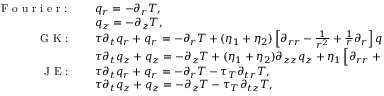
\begin{array} { r l } { \textrm { F o u r i e r : } \quad } & { { } q _ { r } = - \partial _ { r } T , } \\ { \quad } & { { } q _ { z } = - \partial _ { z } T , } \\ { \textrm { G K : } \quad } & { { } \tau \partial _ { t } q _ { r } + q _ { r } = - \partial _ { r } T + ( \eta _ { 1 } + \eta _ { 2 } ) \left[ \partial _ { r r } - \frac { 1 } { r ^ { 2 } } + \frac { 1 } { r } \partial _ { r } \right] q _ { r } + \eta _ { 1 } \partial _ { z z } q _ { r } + \eta _ { 2 } \partial _ { r z } q _ { z } , } \\ { \quad } & { { } \tau \partial _ { t } q _ { z } + q _ { z } = - \partial _ { z } T + ( \eta _ { 1 } + \eta _ { 2 } ) \partial _ { z z } q _ { z } + \eta _ { 1 } \left[ \partial _ { r r } + \frac { 1 } { r } \partial _ { r } \right] q _ { z } + \eta _ { 2 } \left[ \frac { 1 } { r } \partial _ { z } + \partial _ { r z } \right] q _ { r } , } \\ { \textrm { J E : } \quad } & { { } \tau \partial _ { t } q _ { r } + q _ { r } = - \partial _ { r } T - \tau _ { T } \partial _ { t r } T , } \\ { \quad } & { { } \tau \partial _ { t } q _ { z } + q _ { z } = - \partial _ { z } T - \tau _ { T } \partial _ { t z } T , } \end{array}